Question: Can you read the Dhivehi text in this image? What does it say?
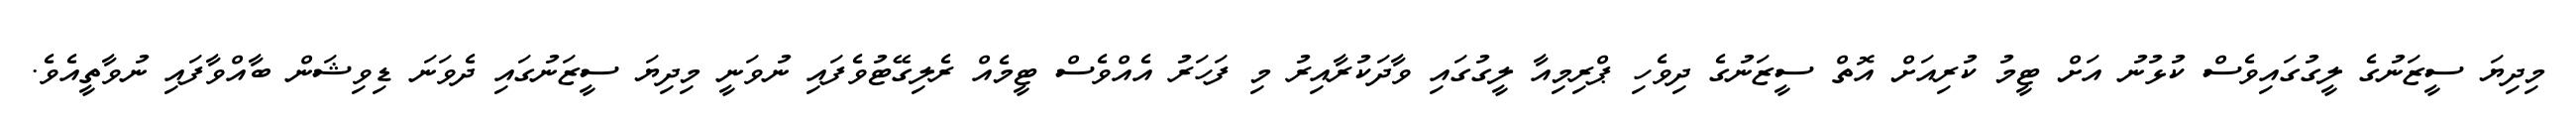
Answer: މިދިޔަ ސީޒަނުގެ ލީގުގައިވެސް ކުޅުނު އަށް ޓީމު ކުރިއަށް އޮތް ސީޒަނުގެ ދިވެހި ޕްރިމިއާ ލީގުގައި ވާދަކުރާއިރު މި ފަހަރު އެއްވެސް ޓީމެއް ރެލިގޭޓުވެފައި ނުވަނީ މިދިޔަ ސީޒަނުގައި ދެވަނަ ޑިވިޝަން ބާއްވާފައި ނުވާތީއެވެ.